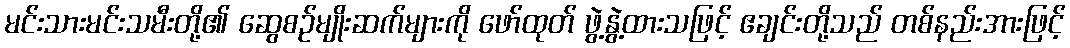
မင်းသားမင်းသမီးတို့၏ ဆွေစဉ်မျိုးဆက်များကို ဖော်ထုတ် ဖွဲ့နွဲ့ထားသဖြင့် ဧချင်းတို့သည် တစ်နည်းအားဖြင့်